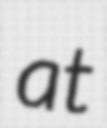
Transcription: at